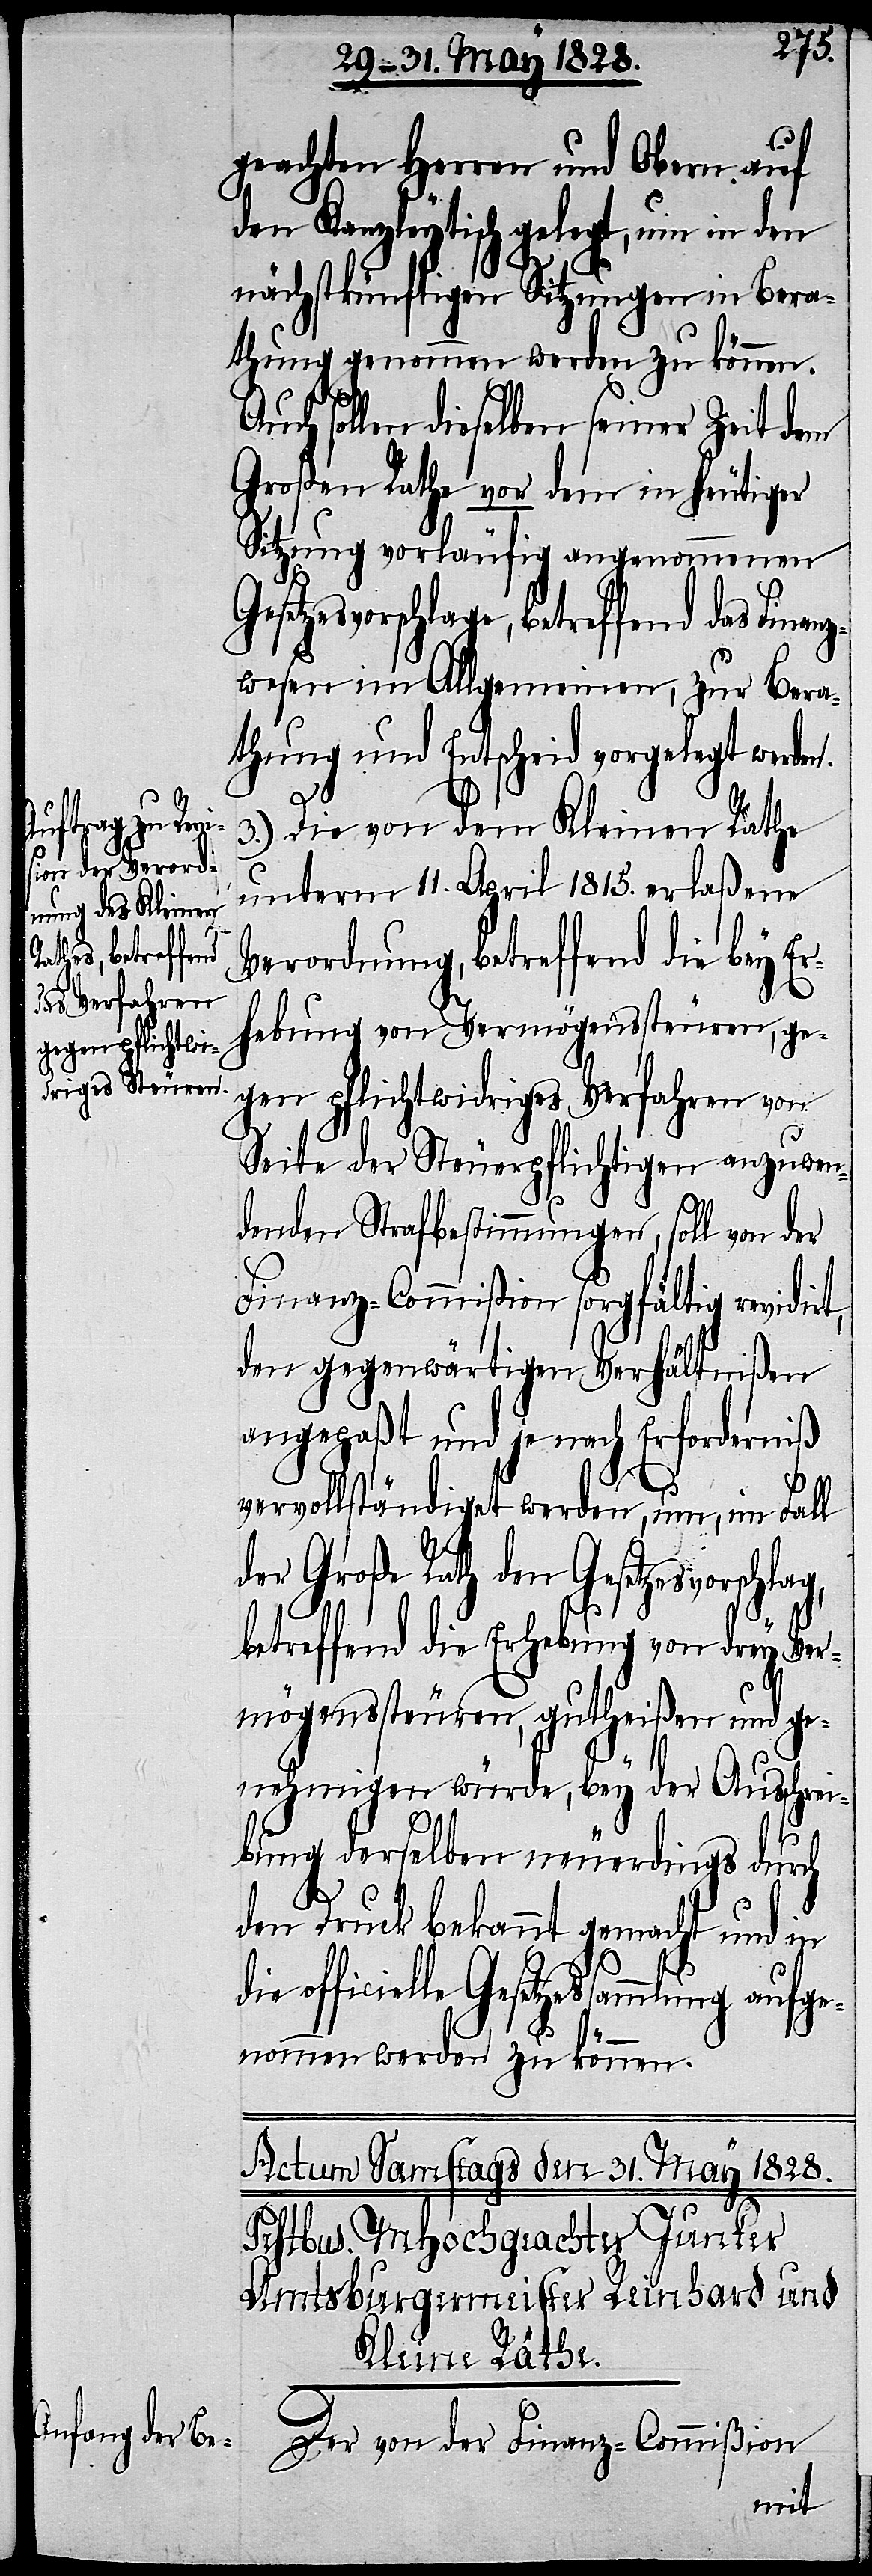
aufge¬

geachten Herren und Obern auf
den Kanzleytisch gelegt, um in den
nächstkünftigen Sitzungen in Bera¬
thung genommen werden zu können.
Auch sollen dieselben seiner Zeit dem
Großen Rathe vor dem in heutiger
Sitzung vorläufig angenommenen
esetzesvorschlage, betreffend das Fina¬
wesen im Allgemeinen, zur Bera¬
thung und Entscheid vorgelegt werden.
mach¬
3.) Die von dem Kleinen Rathe
unterm 11. April 1815. erlaßene
Verordnung. betreffend die bey E¬
rhebung von Vermögenssteuren, ge¬
ten pflichtwidriges Verfahren von
Seite der Steuerpflichtigen anzuwen¬
denden Strafbestimmungen, soll von der
Finanz-Commißion sorgfältig revidirt,
den gegenwärtigen Verhältnißen
angepaßt und je nach Erforderniß
vervollständiget werden, um, im Fall
der Große Rath den Gesetzesvorschl¬
ag,
betreffend die Erhebung von drey Ver¬
mögenssteuren, gutheißen und ge¬
nehmigen würde, bey der Ausschrei¬
bung derselben neuerdings durch
den Druck bekannt gemacht und in
nommen werden zu können.
Der von der Finanz-Commißion